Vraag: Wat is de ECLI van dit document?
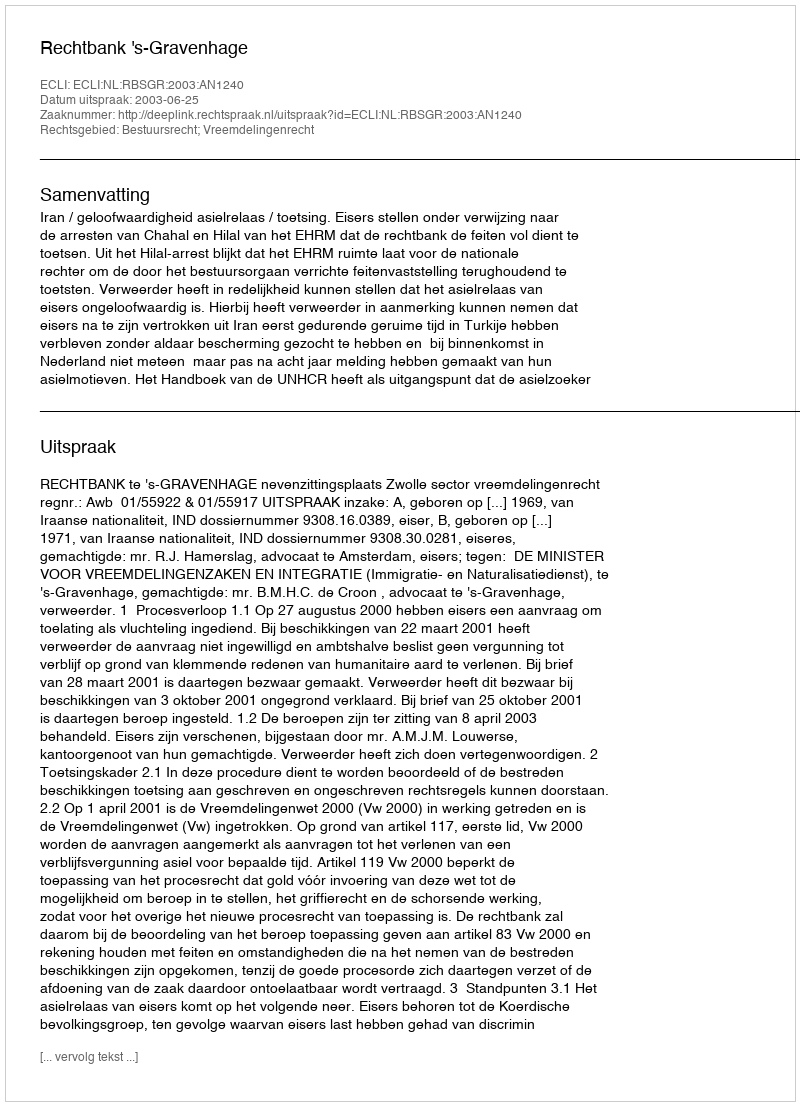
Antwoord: ECLI:NL:RBSGR:2003:AN1240